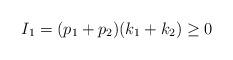
LaTeX: \begin{align*}I_{1}= (p_1+p_2)(k_1+k_2) \geq 0\end{align*}